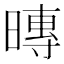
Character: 暷